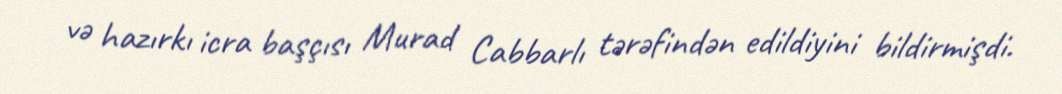
və hazırkı icra başçısı Murad Cabbarlı tərəfindən edildiyini bildirmişdi.